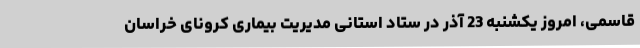
قاسمی، امروز یکشنبه 23 آذر در ستاد استانی مدیریت بیماری کرونای خراسان